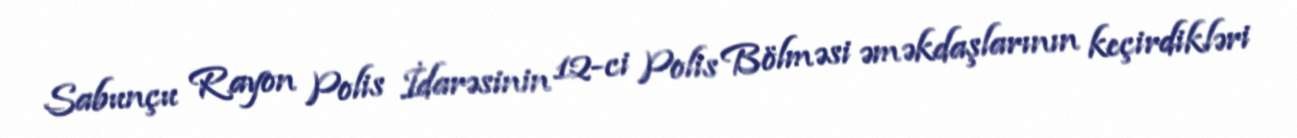
Sabunçu Rayon Polis İdarəsinin 12-ci Polis Bölməsi əməkdaşlarının keçirdikləri